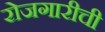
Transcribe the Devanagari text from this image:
रोजगारीची